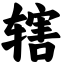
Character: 辖